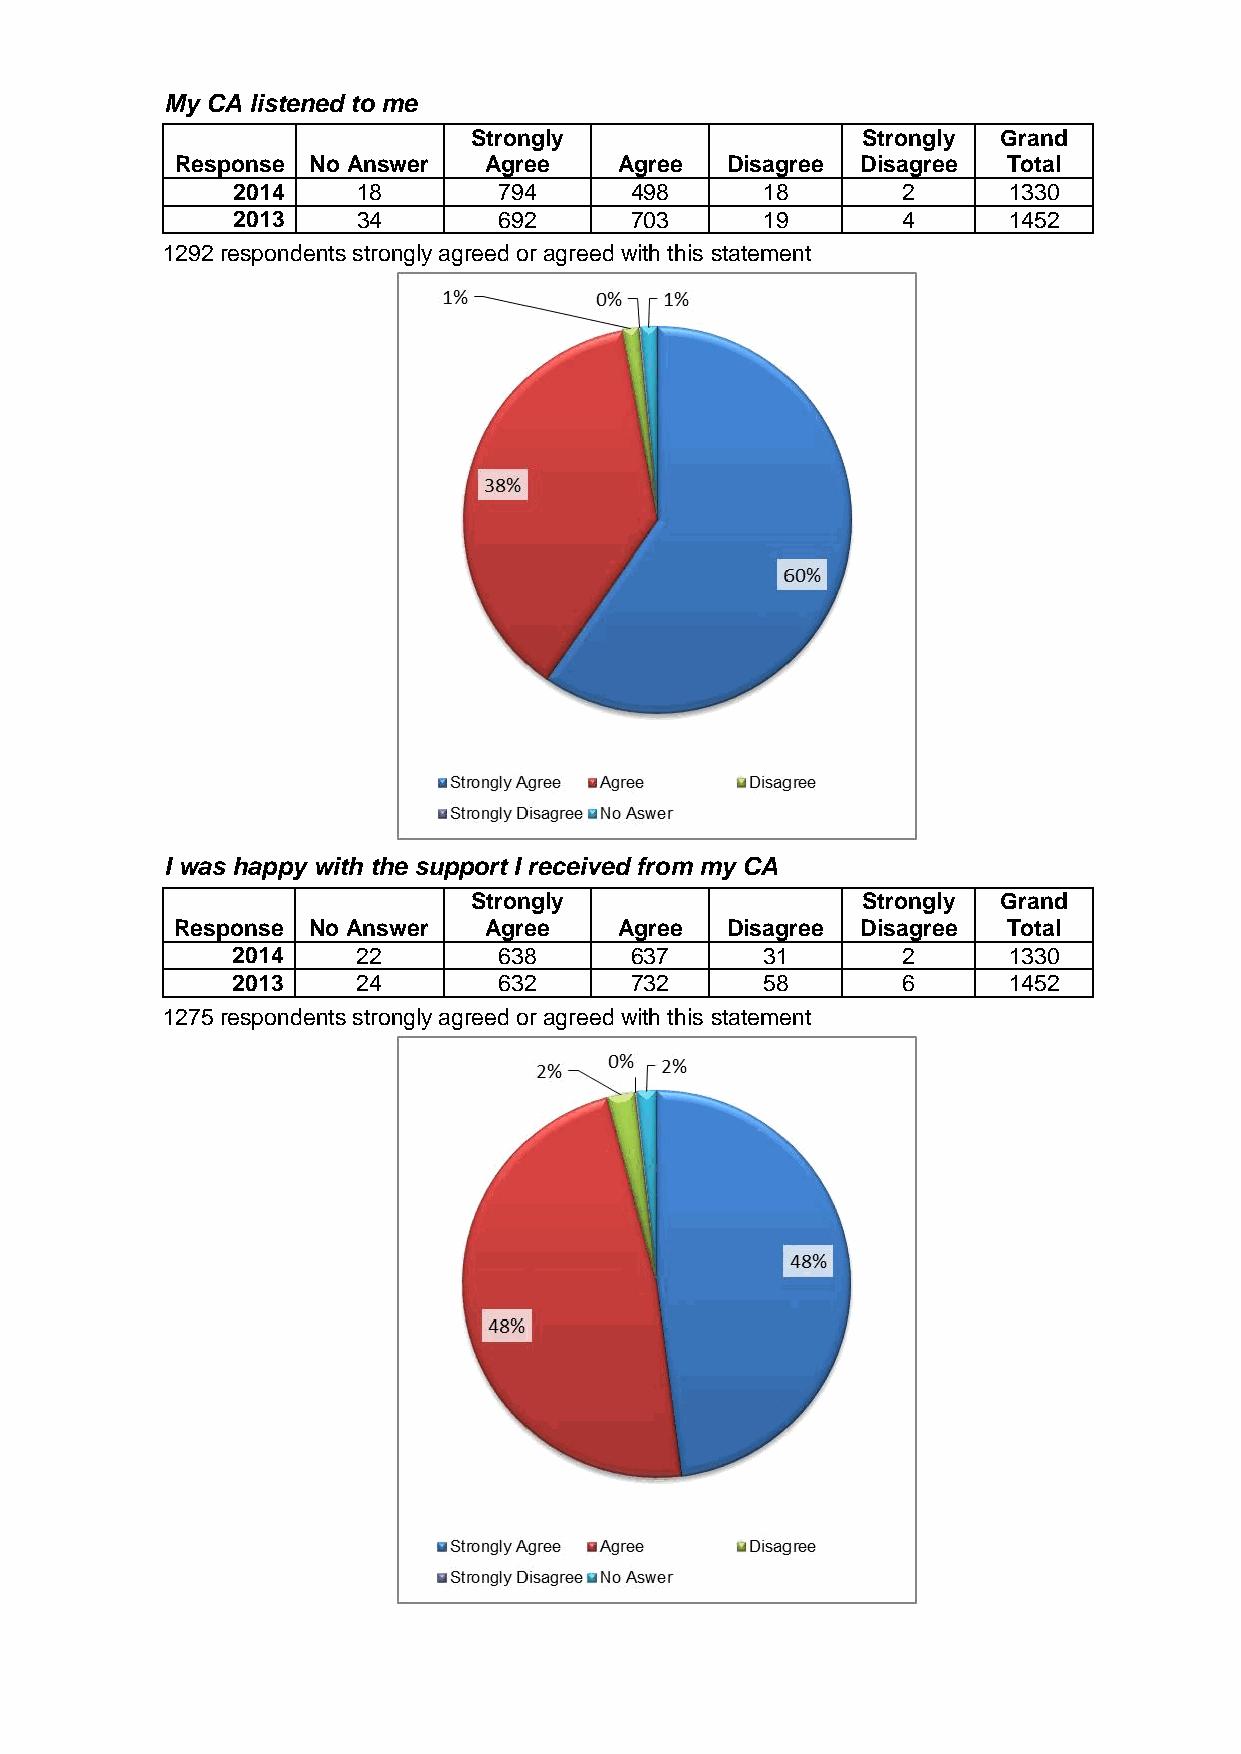
My CA listened to me
 Strongly                  Strongly Grand
 Response No Answer  Agree    Agree  Disagree Disagree  Total
 2014     18       794      498     18        2      1330
 2013     34       692      703     19        4      1452
 1292 respondents strongly agreed or agreed with this statement
 I was happy with the support I received from my CA
 Strongly                  Strongly Grand
 Response No Answer  Agree    Agree  Disagree Disagree  Total
 2014     22       638      637     31        2      1330
 2013     24       632      732     58        6      1452
 1275 respondents strongly agreed or agreed with this statement